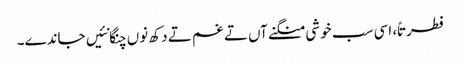
فطرتاً، اسی سب خوشی منگنے آں تے غم تے دکھ نوں چنگا نئیں جاندے۔